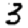
Digit: 3